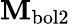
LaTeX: \mathbf{M}_{\mathrm{{bol2}}}